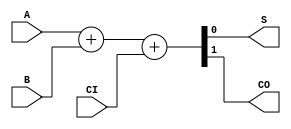
`timescale 1ns / 1ps

module FA( 
	input A, B, CI,
	output S, CO
);

	assign {CO, S} = A + B + CI;
  
endmodule